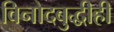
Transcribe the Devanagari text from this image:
विनोदबुद्धीही